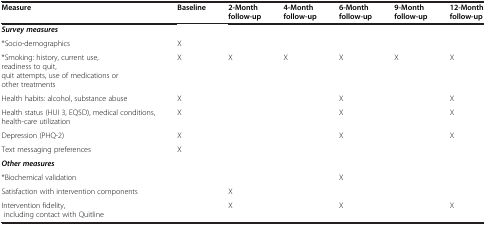
<table><thead><tr><td><b>Measure</b></td><td><b>Baseline</b></td><td><b>2-Month follow-up</b></td><td><b>4-Month follow-up</b></td><td><b>6-Month follow-up</b></td><td><b>9-Month follow-up</b></td><td><b>12-Month follow-up</b></td></tr></thead><tbody><tr><td><b><i>Survey measures</i></b></td><td> </td><td> </td><td> </td><td> </td><td> </td><td> </td></tr><tr><td>*Socio-demographics</td><td>X</td><td> </td><td> </td><td> </td><td> </td><td> </td></tr><tr><td>*Smoking: history, current use, readiness to quit, quit attempts, use of medications or other treatments</td><td>X</td><td>X</td><td>X</td><td>X</td><td>X</td><td>X</td></tr><tr><td>Health habits: alcohol, substance abuse</td><td>X</td><td> </td><td> </td><td>X</td><td> </td><td>X</td></tr><tr><td>Health status (HUI 3, EQ5D), medical conditions, health-care utilization</td><td>X</td><td> </td><td> </td><td>X</td><td> </td><td>X</td></tr><tr><td>Depression (PHQ-2)</td><td>X</td><td> </td><td> </td><td>X</td><td> </td><td>X</td></tr><tr><td>Text messaging preferences</td><td>X</td><td> </td><td> </td><td> </td><td> </td><td> </td></tr><tr><td><b><i>Other measures</i></b></td><td> </td><td> </td><td> </td><td> </td><td> </td><td> </td></tr><tr><td>*Biochemical validation</td><td> </td><td> </td><td> </td><td>X</td><td> </td><td> </td></tr><tr><td>Satisfaction with intervention components</td><td> </td><td>X</td><td> </td><td> </td><td> </td><td> </td></tr><tr><td>Intervention fidelity, including contact with Quitline</td><td> </td><td>X</td><td> </td><td>X</td><td> </td><td>X</td></tr></tbody></table>